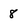
Character: 8